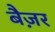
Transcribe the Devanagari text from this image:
बैज़र